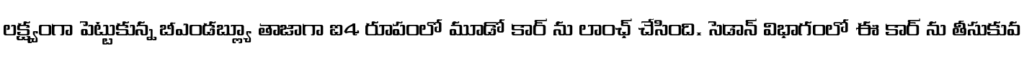
లక్ష్యంగా పెట్టుకున్న బీఎండబ్ల్యూ తాజాగా ఐ4 రూపంలో మూడో కార్ ను లాంఛ్ చేసింది. సెడాన్ విభాగంలో ఈ కార్ ను తీసుకువ